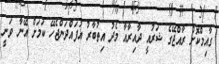
ގާއިމްކޮށް ރާއްޖޭގެ ޝަރުއީ ދާއިރާއާ މެދު އިތުބާރު އުފައްދަންޖެހޭ ކަމަށް އޭނާ ވަނީ